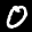
Label: 0